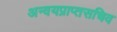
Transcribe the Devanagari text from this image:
अन्वयप्राप्तसचिव